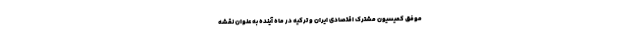
موفق کمیسیون مشترک اقتصادی ایران و ترکیه در ماه آینده به عنوان نقشه